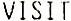
VISIT